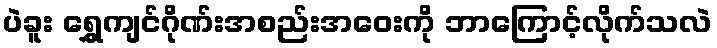
ပဲခူး ရွှေကျင်ဂိုဏ်းအစည်းအဝေးကို ဘာကြောင့်လိုက်သလဲ